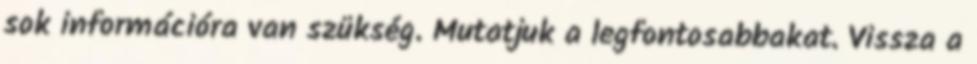
sok információra van szükség. Mutatjuk a legfontosabbakat. Vissza a